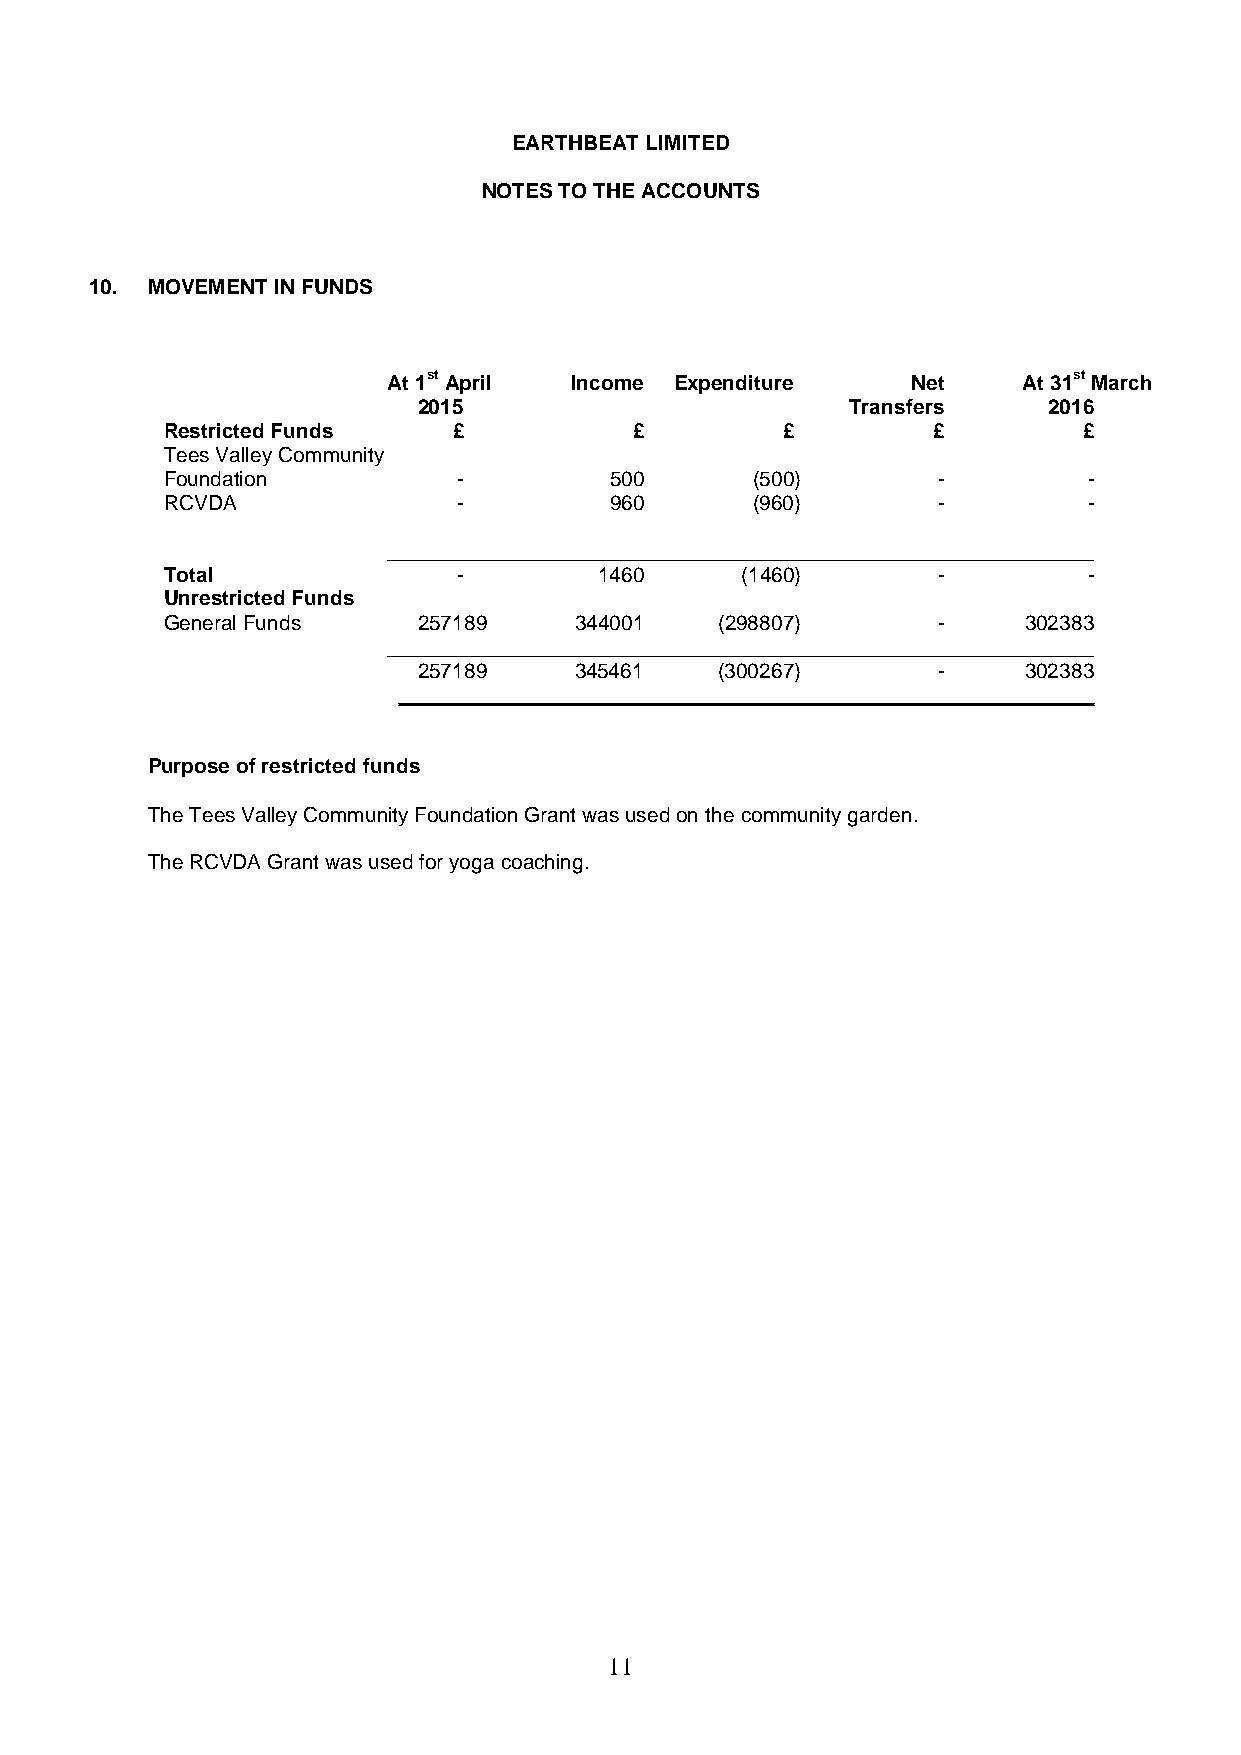
EARTHBEAT LIMITED
 NOTES TO THE ACCOUNTS
 10. MOVEMENT IN FUNDS
 At 1st April Income Expenditure   Net     At 31st March
 2015                        Transfers    2016
 Restricted Funds   £           £         £         £         £
 Tees Valley Community
 Foundation         -         500       (500)       -         -
 RCVDA              -         960       (960)       -         -
 _____________________________________________________________
 Total              -         1460     (1460)       -         -
 Unrestricted Funds
 General Funds    257189    344001    (298807)      -     302383
 _____________________________________________________________
 257189    345461    (300267)      -     302383
 ____________________________________________________________
 Purpose of restricted funds
 The Tees Valley Community Foundation Grant was used on the community garden.
 The RCVDA Grant was used for yoga coaching.
 11